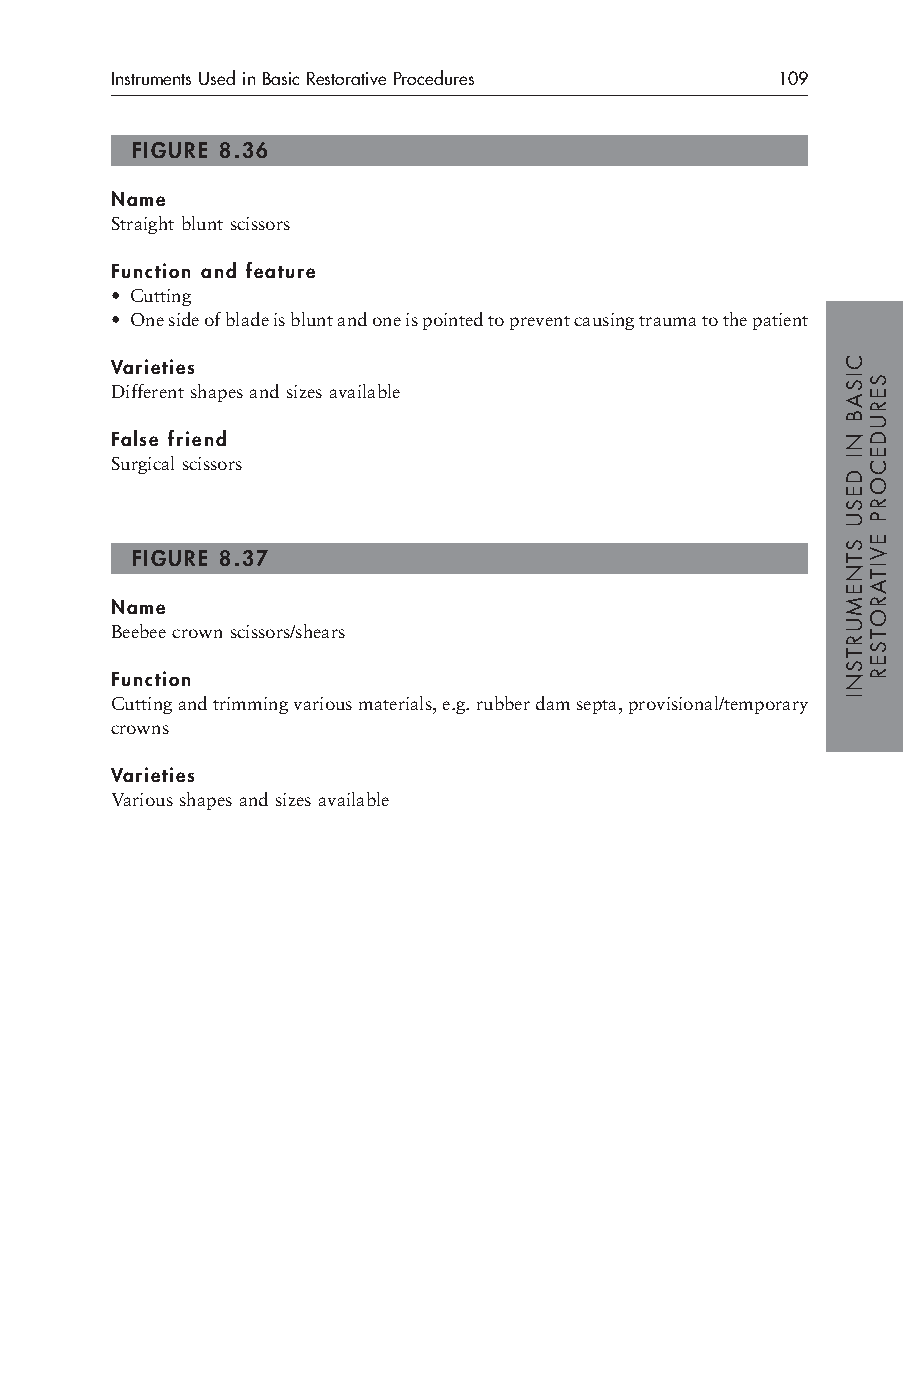
Instruments Used in Basic Restorative Procedures 109
 FIGURE 8.36
 Name
 Straight blunt scissors
 Function and feature
 • Cutting
 • One side of blade is blunt and one is pointed to prevent causing trauma to the patient
 Varieties
 Different shapes and sizes available
 False friend
 Surgical scissors
 FIGURE 8.37
 Name
 Beebee crown scissors/shears
 Function
 Cutting and trimming various materials, e.g. rubber dam septa, provisional/temporary
 crowns
 Varieties
 Various shapes and sizes available
 CISAB
 NI
 DESU
 STNEMURTSNI
 SERUDECORP
 EVITAROTSER